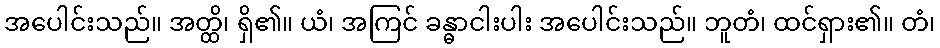
အပေါင်းသည်။ အတ္ထိ၊ ရှိ၏။ ယံ၊ အကြင် ခန္ဓာငါးပါး အပေါင်းသည်။ ဘူတံ၊ ထင်ရှား၏။ တံ၊